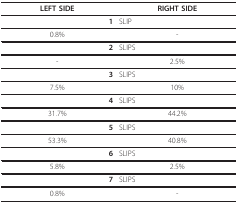
| LEFT SIDE | RIGHT SIDE |
 | --- | --- |
 | 1 | SLIP |
 | 0.8% | - |
 | 2 | SLIPS |
 | - | 2.5% |
 | 3 | SLIPS |
 | 7.5% | 10% |
 | 4 | SLIPS |
 | 31.7% | 44.2% |
 | 5 | SLIPS |
 | 53.3% | 40.8% |
 | 6 | SLIPS |
 | 5.8% | 2.5% |
 | 7 | SLIPS |
 | 0.8% | - |